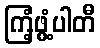
ကြံ့ဖွံ့ပါတီ